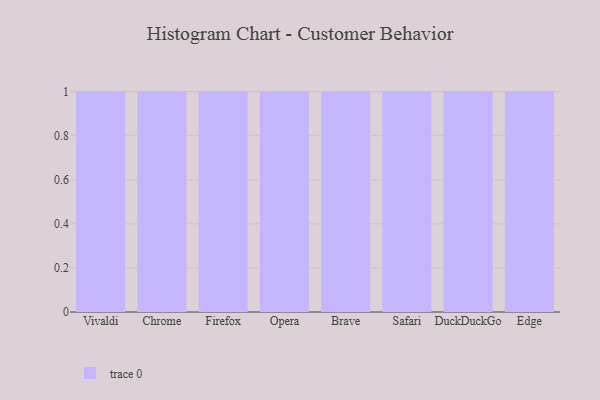
{"axis": {"x": "Browser", "y": "Energy Usage (MWh)"}, "legend": [""], "data": [{"x": "Vivaldi", "y": 74, "type": ""}, {"x": "Chrome", "y": 55, "type": ""}, {"x": "Firefox", "y": 16, "type": ""}, {"x": "Opera", "y": 93, "type": ""}, {"x": "Brave", "y": 98, "type": ""}, {"x": "Safari", "y": 6, "type": ""}, {"x": "DuckDuckGo", "y": 52, "type": ""}, {"x": "Edge", "y": 57, "type": ""}]}